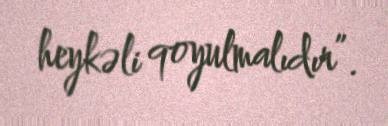
heykəli qoyulmalıdır”.